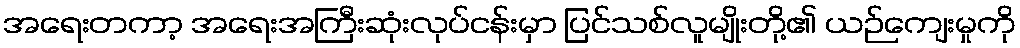
အရေးတကာ့ အရေးအကြီးဆုံးလုပ်ငန်းမှာ ပြင်သစ်လူမျိုးတို့၏ ယဉ်ကျေးမှုကို